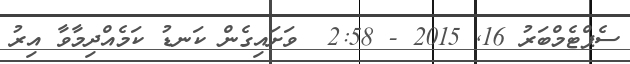
ސެޕްޓެމްބަރު 16